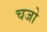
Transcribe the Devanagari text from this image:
चजो